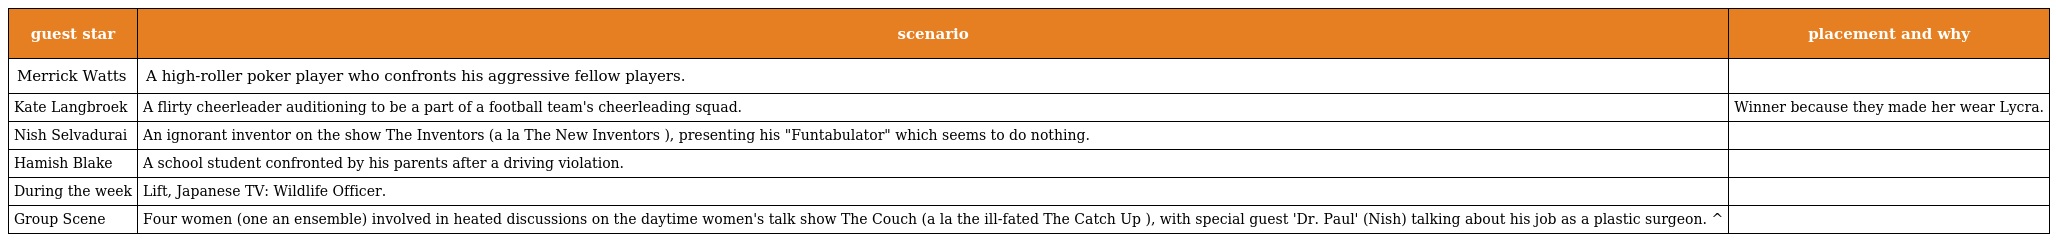
| guest star | scenario | placement and why |
 | --- | --- | --- |
 | Merrick Watts | A high-roller poker player who confronts his aggressive fellow players. |  |
 | Kate Langbroek | A flirty cheerleader auditioning to be a part of a football team's cheerleading squad. | Winner because they made her wear Lycra. |
 | Nish Selvadurai | An ignorant inventor on the show The Inventors (a la The New Inventors ), presenting his "Funtabulator" which seems to do nothing. |  |
 | Hamish Blake | A school student confronted by his parents after a driving violation. |  |
 | During the week | Lift, Japanese TV: Wildlife Officer. |  |
 | Group Scene | Four women (one an ensemble) involved in heated discussions on the daytime women's talk show The Couch (a la the ill-fated The Catch Up ), with special guest 'Dr. Paul' (Nish) talking about his job as a plastic surgeon. ^ |  |